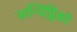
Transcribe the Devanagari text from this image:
सन्दिट्ठिको